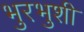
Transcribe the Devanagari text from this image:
भुरभुशी